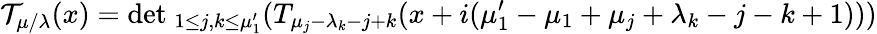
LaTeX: {\cal T}_{\mu/\lambda}(x)=\mathrm{det~}_{1\le j,k\le\mu_{1}^{\prime}}(T_{\mu_{j}-\lambda_{k}-j+k}(x+i(\mu_{1}^{\prime}-\mu_{1}+\mu_{j}+\lambda_{k}-j-k+1)))